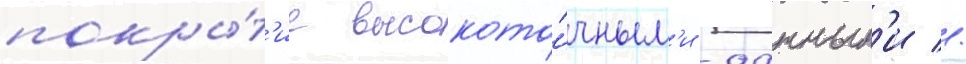
покры́т'ие высокото́чным'и -данным'и //